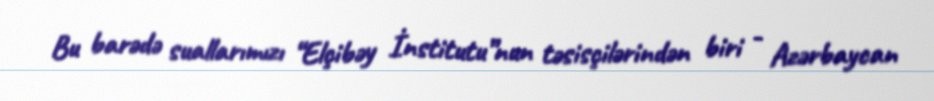
Bu barədə suallarımızı “Elçibəy İnstitutu”nun təsisçilərindən biri - Azərbaycan